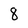
Character: 8